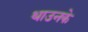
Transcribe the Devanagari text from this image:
थाउनके